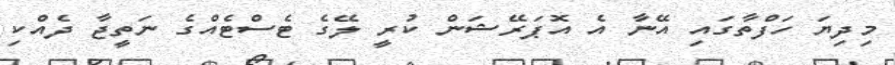
މިދިޔަ ހަފްތާގައި އޭނާ އެ އޮޕަރޭޝަން ކުރީ ލޭގެ ޓެސްޓެއްގެ ނަތީޖާ ދެއްކި